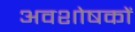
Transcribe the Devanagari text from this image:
अवशोषकों